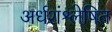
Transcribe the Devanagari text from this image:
अर्धशंश्लेषित